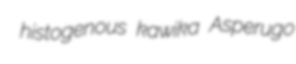
histogenous kawika Asperugo